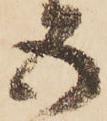
五